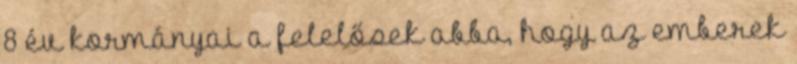
8 év kormányai a felelősek abba, hogy az emberek